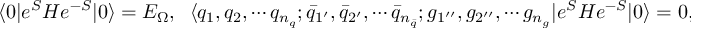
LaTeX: \langle 0 | e ^ { S } H e ^ { - S } | 0 \rangle = E _ { \Omega } , \; \; \langle q _ { 1 } , q _ { 2 } , \cdots q _ { n _ { q } } ; { \bar { q } } _ { 1 ^ { \prime } } , { \bar { q } } _ { 2 ^ { \prime } } , \cdots { \bar { q } } _ { n _ { \bar { q } } } ; g _ { 1 ^ { \prime \prime } } , g _ { 2 ^ { \prime \prime } } , \cdots g _ { n _ { g } } | e ^ { S } H e ^ { - S } | 0 \rangle = 0 , n _ { q } , n _ { \bar { q } } , n _ { g } = 1 , 2 , \cdots .